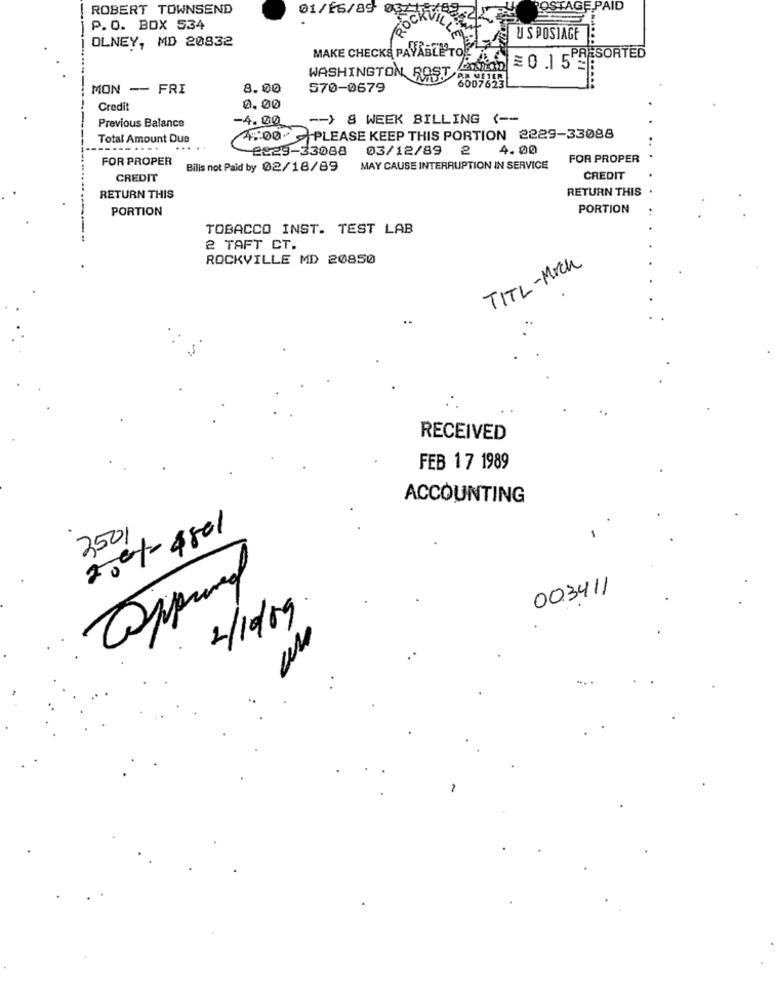
ROBERT TOWNSEND
01/26/89 0
POSTAGE PAID
P.O. BOX 534
16.º
OLNEY, MD 20832
U SPOSIAGE
MAKE CHECKS PAYABLE TOERN
PRESORTED
£0.15-
WASHINGTON ROST
PA METER
600762.
MON - FRI
8.00
570-0679
Credit
0.00
Previous Balance
-4. 00
-- ) 8 WEEK BILLING ( --
Total Amount Due
42:00PLEASE KEEP THIS PORTION 2229-33088
-2229-33088
03/12/89 2 4.00
FOR PROPER
FOR PROPER
Bilis not Paid by 02/18/89
MAY CAUSE INTERRUPTION IN SERVICE
CREDIT
CREDIT
RETURN THIS
RETURN THIS
PORTION
PORTION
TOBACCO INST. TEST LAB
2 TAFT CT.
ROCKVILLE MD 20850
TITL-Mich
RECEIVED
FEB 17 1989
ACCOUNTING
3501
2004-4801
Approved
003411
2/10/09